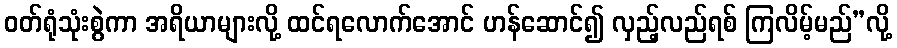
ဝတ်ရုံသုံးစွဲကာ အရိယာများလို့ ထင်ရလောက်အောင် ဟန်ဆောင်၍ လှည့်လည်ရစ် ကြလိမ့်မည်”လို့